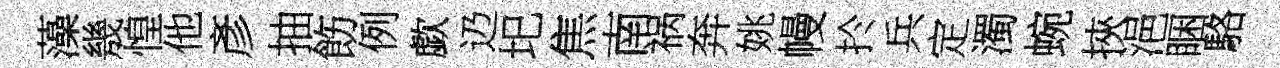
藻㡬惶他彥抽飭例歔辸圯焦南祸奔姚幔扵兵定濁蜿挾浥睏駱